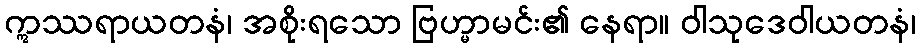
ဣဿရာယတနံ၊ အစိုးရသော ဗြဟ္မာမင်း၏ နေရာ။ ဝါသုဒေဝါယတနံ၊